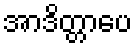
အာဒိတ္တာပေ